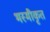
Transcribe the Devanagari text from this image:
भस्मीकृत